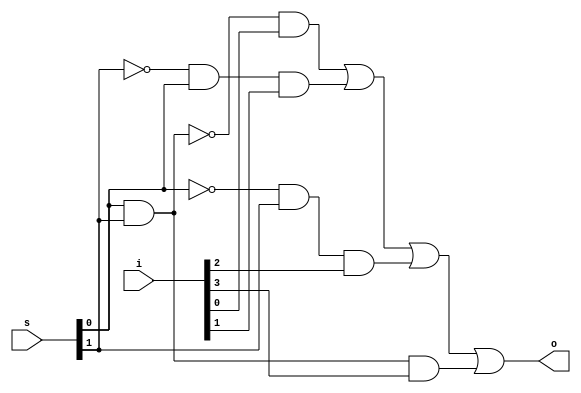
module mux_continous(s, o, i);

output o;
input [3:0] i;
input [1:0] s;

assign o = (~(s[0]&s[1])&i[0]) | ((~s[1])&s[0]&i[1]) | ((~s[0])&s[1]&i[2]) | (s[1]&s[0]&i[3]);

endmodule